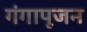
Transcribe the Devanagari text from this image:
गंगापूजन